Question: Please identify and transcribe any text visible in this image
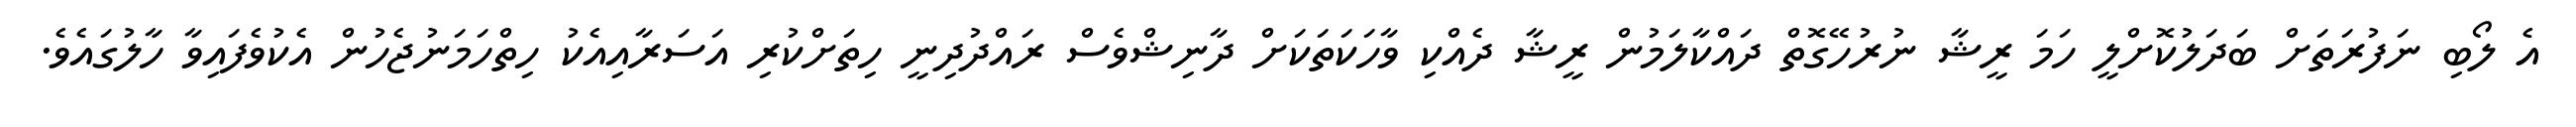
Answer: އެ ލޯބި ނަފުރަތަށް ބަދަލުކޮށްލީ ހަމަ ރީޝާ ނުރުހޭގޮތް ދައްކާލަމުން ރީޝާ ދެއްކި ވާހަކަތަކަށް ދާނިޝްވެސް ރައްދުދިނީ ހިތަށްކުރި އަސަރާއިއެކު ހިތްހަމަނުޖެހުން އެކުވެފައިވާ ހާލުގައެވެ.